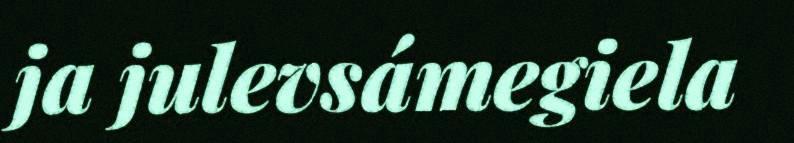
ja julevsámegiela